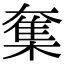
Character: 𡙸